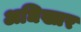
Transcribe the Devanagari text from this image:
अधिख्तर